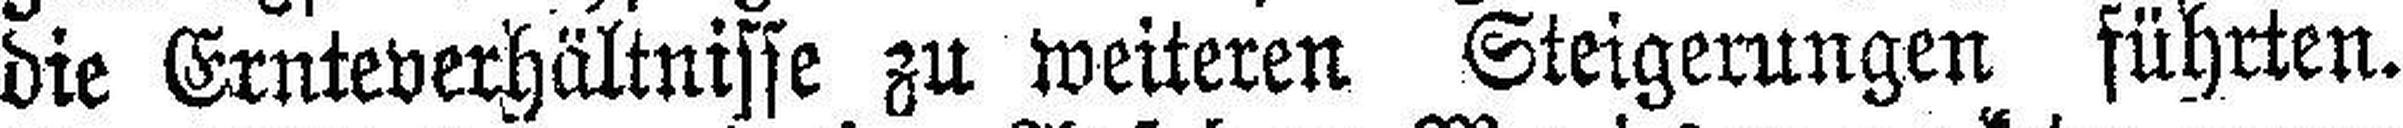
die Ernteverhältnisse zu weiteren Steigerungen führten.